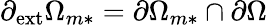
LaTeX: \partial_{\mathrm{{ext}}}\Omega_{m*}=\partial\Omega_{m*}\cap\partial\Omega